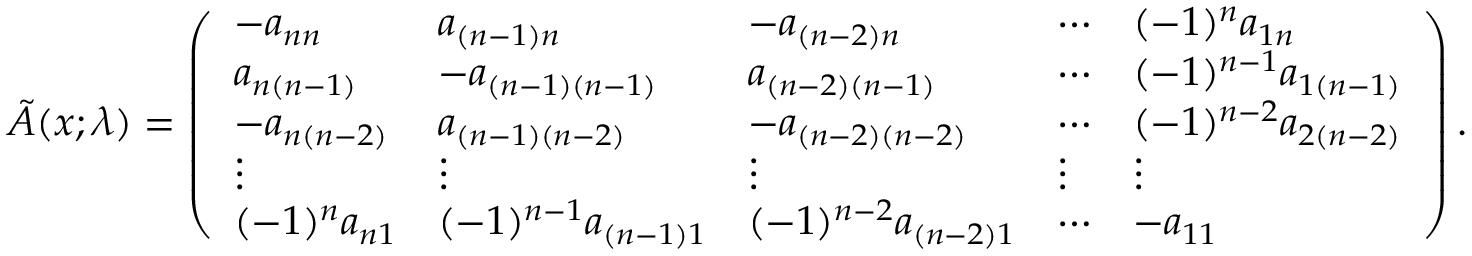
\tilde { A } ( x ; \lambda ) = \left( \begin{array} { l l l l l } { - a _ { n n } } & { a _ { ( n - 1 ) n } } & { - a _ { ( n - 2 ) n } } & { \cdots } & { ( - 1 ) ^ { n } a _ { 1 n } } \\ { a _ { n ( n - 1 ) } } & { - a _ { ( n - 1 ) ( n - 1 ) } } & { a _ { ( n - 2 ) ( n - 1 ) } } & { \cdots } & { ( - 1 ) ^ { n - 1 } a _ { 1 ( n - 1 ) } } \\ { - a _ { n ( n - 2 ) } } & { a _ { ( n - 1 ) ( n - 2 ) } } & { - a _ { ( n - 2 ) ( n - 2 ) } } & { \cdots } & { ( - 1 ) ^ { n - 2 } a _ { 2 ( n - 2 ) } } \\ { \vdots } & { \vdots } & { \vdots } & { \vdots } & { \vdots } \\ { ( - 1 ) ^ { n } a _ { n 1 } } & { ( - 1 ) ^ { n - 1 } a _ { ( n - 1 ) 1 } } & { ( - 1 ) ^ { n - 2 } a _ { ( n - 2 ) 1 } } & { \cdots } & { - a _ { 1 1 } } \end{array} \right) .